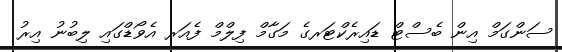
ސަންގަމް އިން ބެސްޓް ޑައިރެކްޓަރގެ މަގާމް ފިލްމް ފެއަރ އެވޯޑްގައި ލިބުނު އިރު